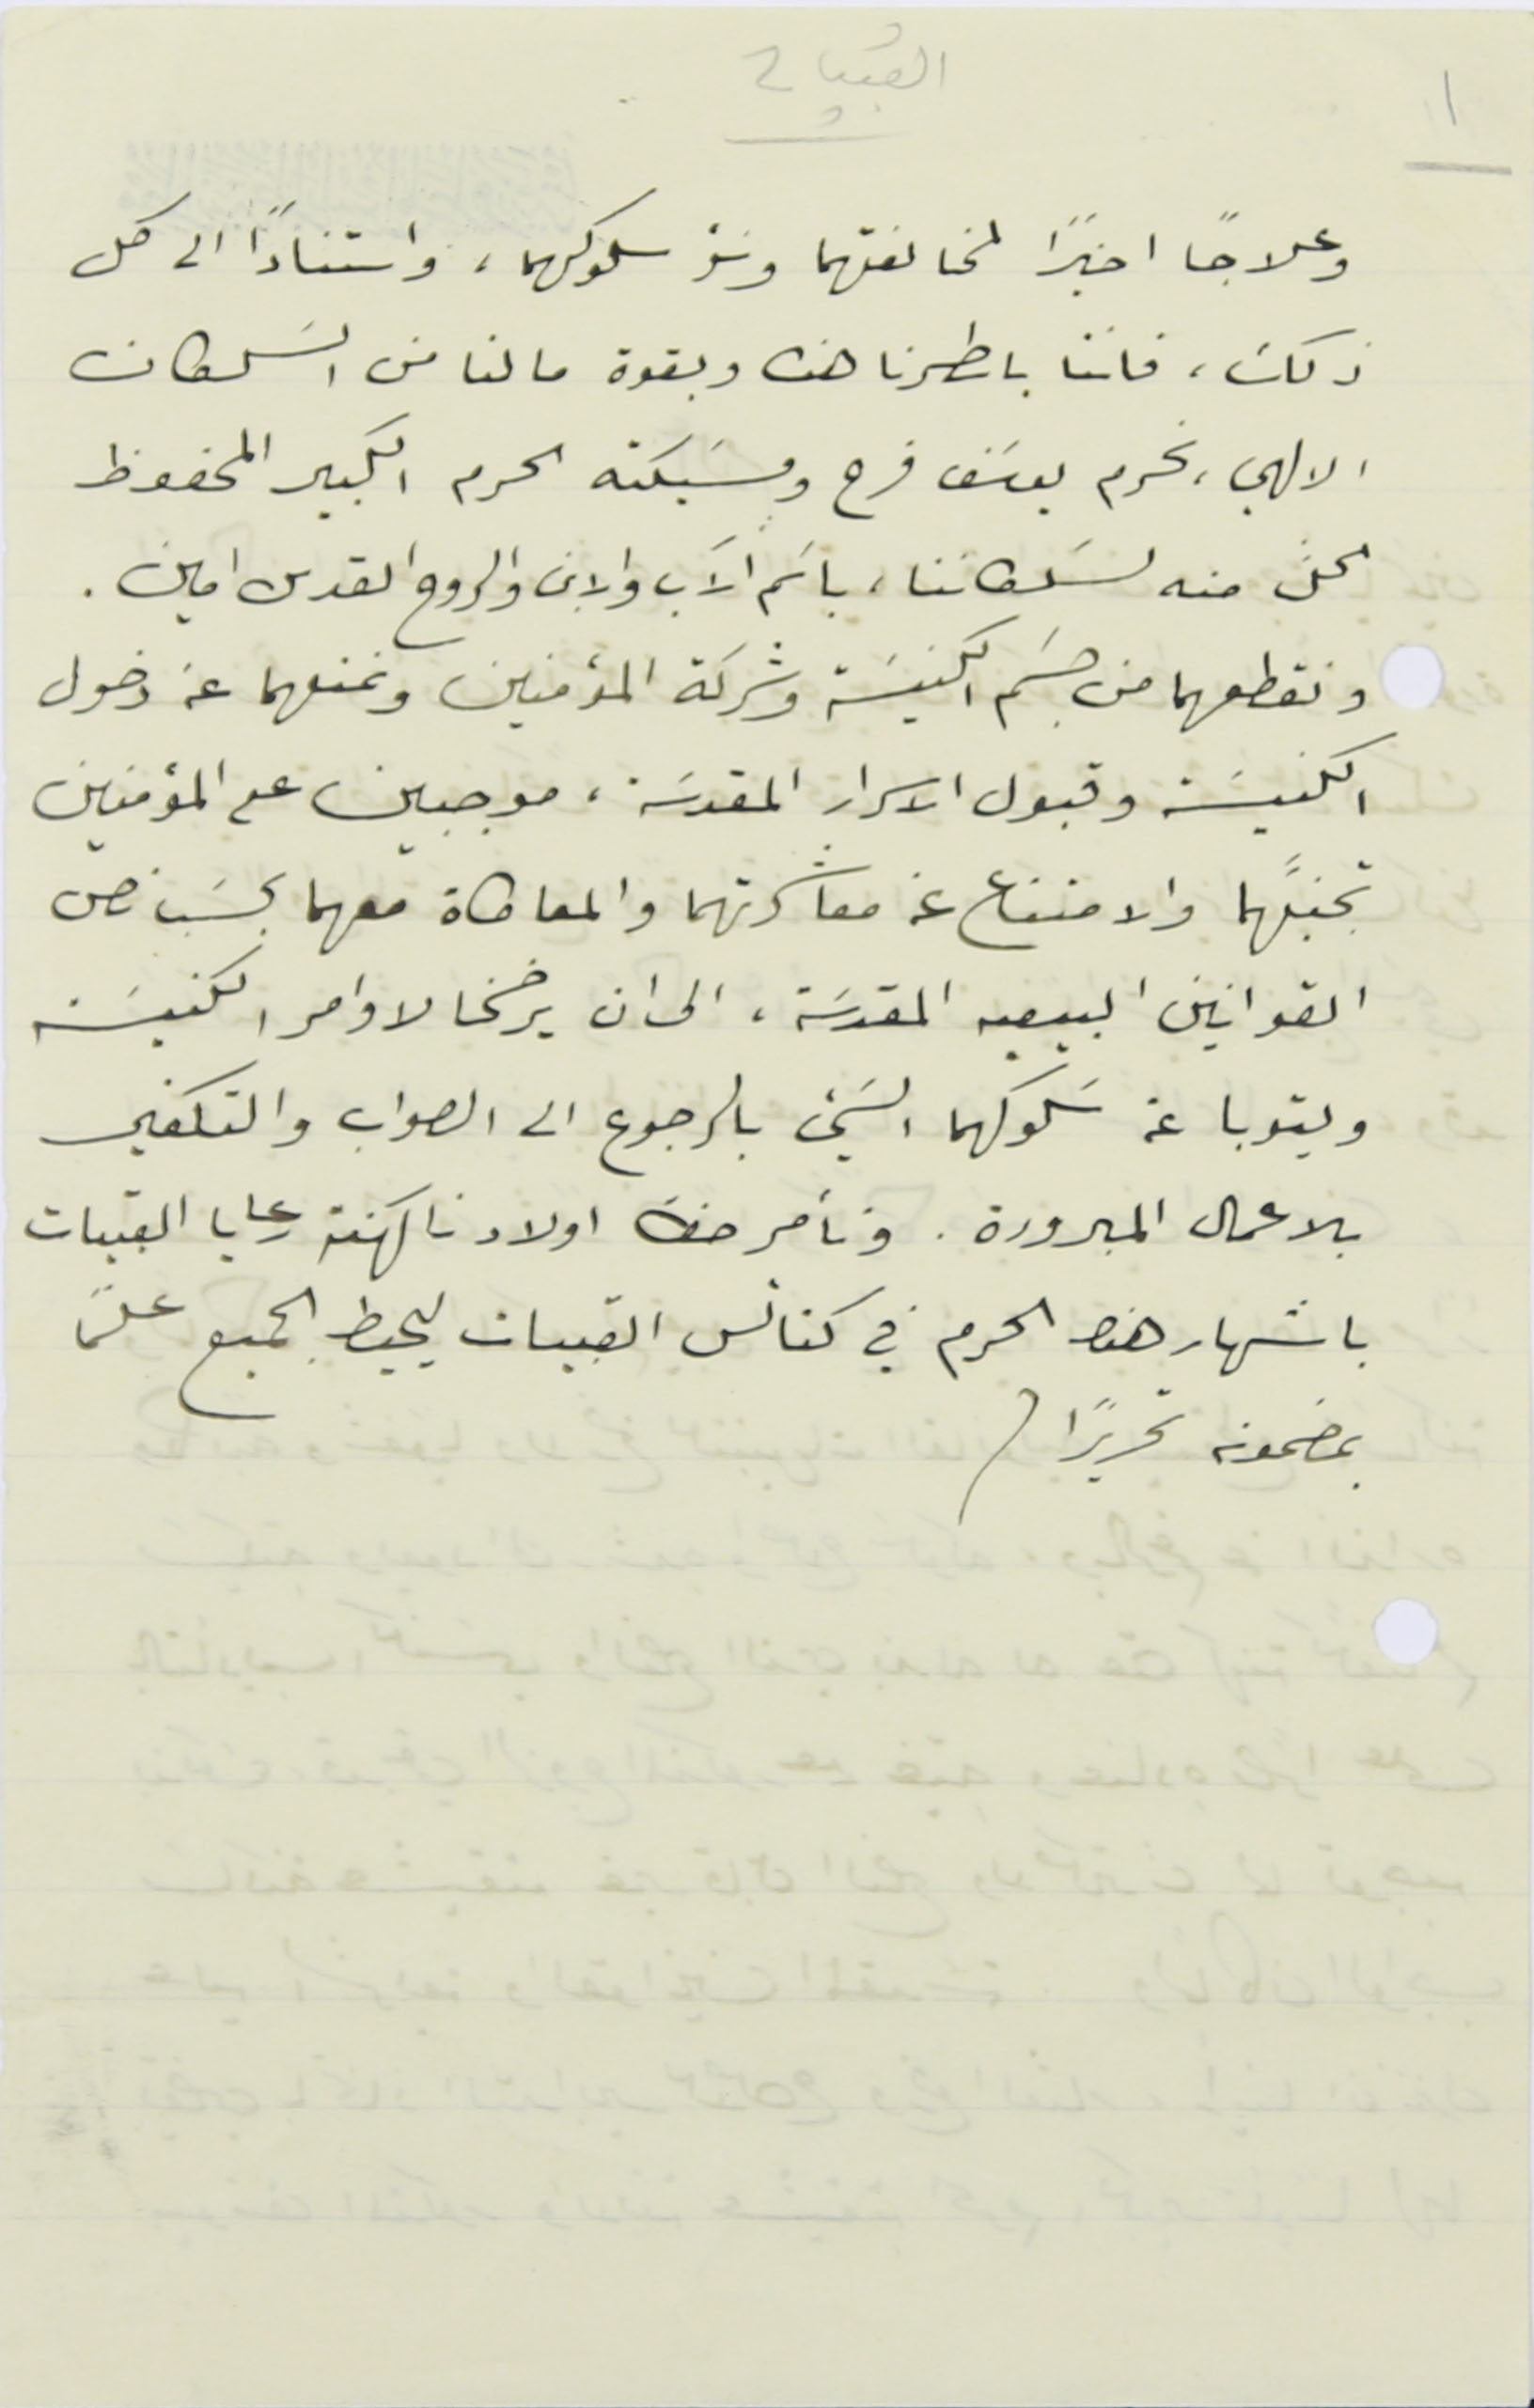
القبيات
وعلاجاً اخيراً لمخالفتهما وسَؤ سلوكهما، واستناداً الى كل
ذلك، فاننا باسطرنا هذه وبقوة ما لنا من السَلطان
الالهي، نحرم يوسَف فرح ومسَيكته الحرم الكبير المحفوظ
الحلَّ منه لسَلطاننا، باسَم الآب والابن والروح القدس امين .
ونقطعهما من جسَم الكنيسَة وشركة المؤمنين ونمنعهما عن دخول
الكنيسَة وقبول الاسرار المقدسَة، موجبين على المؤمنين
 تجنبَّهما والامتناع عن معاشرتهما والمعاطاة معهما بحسَب نص
القوانين البيعيه المقدسَة، الى ان يرضخا لاوامر الكنيسَة
 ويتوبا عن سَلوكهما السَيء بالرجوع الى الصواب والتكفير
بالاعمال المبرورة. ونأمر حضرة اولادنا كهنة رعايا القبيات
باشهار هذا الحرم في كنانس القبيات ليحيط الجميع علمًا
بمضمونه تحريرًا .
١